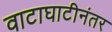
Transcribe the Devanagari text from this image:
वाटाघाटीनंतर